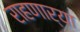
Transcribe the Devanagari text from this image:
राहणार्या